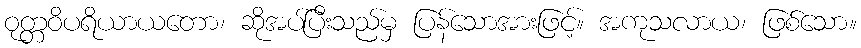
ဝုတ္တဝိပရိယာယတော၊ ဆိုအပ်ပြီးသည်မှ ပြန်သောအားဖြင့်။ အကုသလာယ၊ ဖြစ်သော။